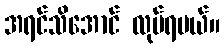
အရင်သိအောင် လုပ်ရမယ်။